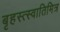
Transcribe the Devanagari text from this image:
बृहस्त्स्वातिमित्र